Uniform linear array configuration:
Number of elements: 64
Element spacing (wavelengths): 0.75
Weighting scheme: kaiser
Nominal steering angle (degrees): -15
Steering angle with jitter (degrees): -16.118
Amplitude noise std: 0.05
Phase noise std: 0.05

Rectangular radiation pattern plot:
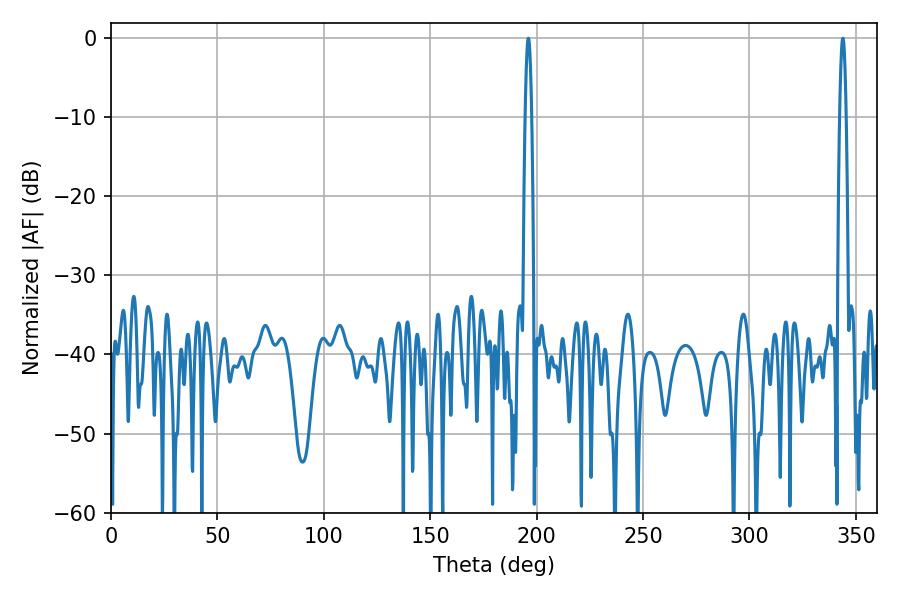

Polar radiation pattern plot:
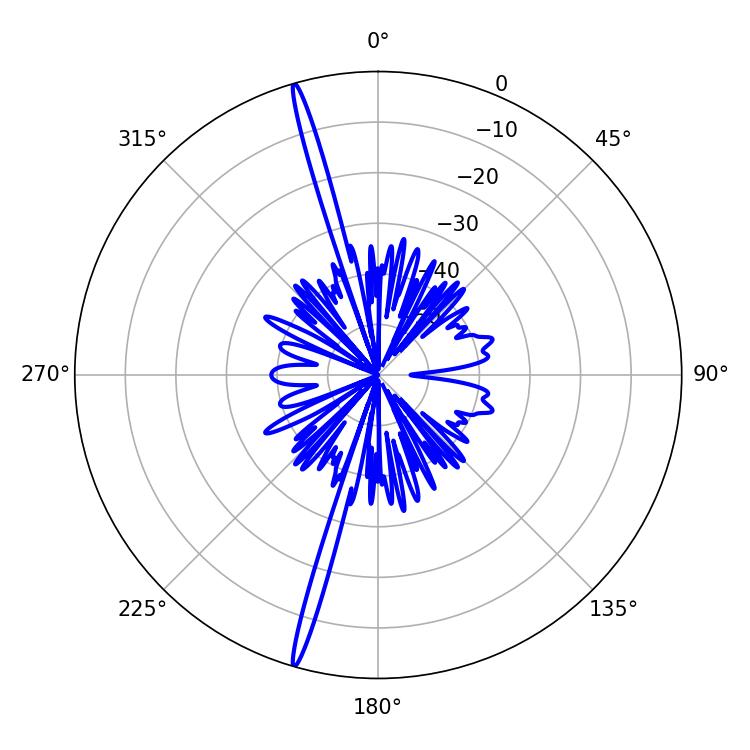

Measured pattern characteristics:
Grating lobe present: TRUE
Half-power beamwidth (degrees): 1.62
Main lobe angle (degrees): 343.8